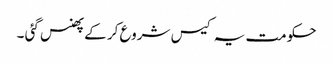
حکومت یہ کیس شروع کر کے پھنس گئی ۔